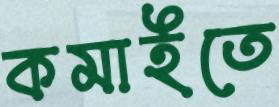
কমাইতে